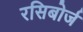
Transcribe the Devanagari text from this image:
रसिबोर्ज